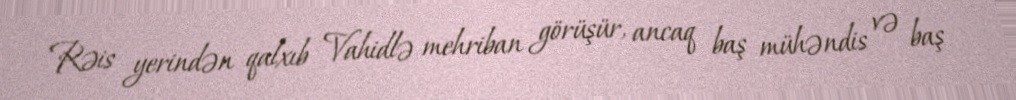
Rəis yerindən qalxıb Vahidlə mehriban görüşür, ancaq baş mühəndis və baş